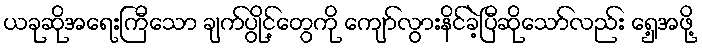
ယခုဆိုအရေးကြီသော ချက်ပွိုင့်တွေကို ကျော်လွားနိင်ခဲ့ပြီဆိုသော်လည်း ရှေ့အဖို့